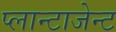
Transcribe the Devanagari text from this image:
प्लान्टाजेन्ट